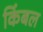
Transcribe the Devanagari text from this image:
किंबल